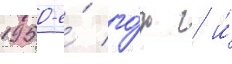
1950-е́ го́ды / и́